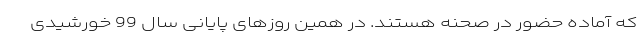
که آماده حضور در صحنه هستند. در همین روزهای پایانی سال 99 خورشیدی